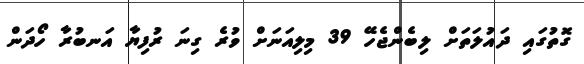
ގޮތުގައި ދައުލަތަށް ލިބެންޖެހޭ 39 މިލިއަނަށް ވުރެ ގިނަ ރުފިޔާ އަނބުރާ ހޯދަން